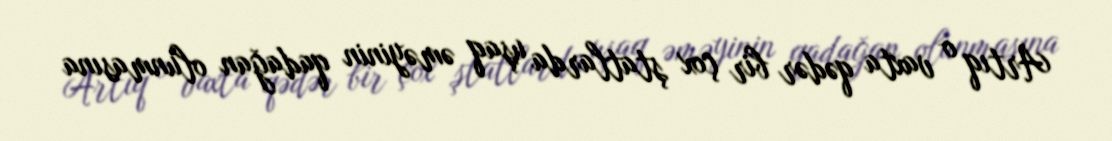
Artıq o vaxta qədər bir çox ştatlarda uşaq əməyinin qadağan olunmasına